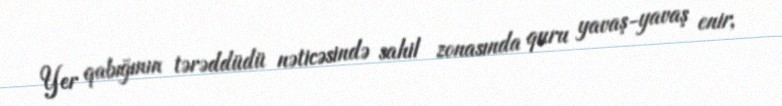
Yer qabığının tərəddüdü nəticəsində sahil zonasında quru yavaş-yavaş enir,